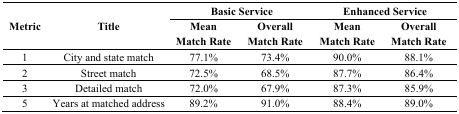
<table><thead><tr><td rowspan="2"><b>Metric</b></td><td rowspan="2"><b>Title</b></td><td colspan="2"><b>Basic Service</b></td><td colspan="2"><b>Enhanced Service</b></td></tr><tr><td><b>Mean Match Rate</b></td><td><b>Overall Match Rate</b></td><td><b>Mean Match Rate</b></td><td><b>Overall Match Rate</b></td></tr></thead><tbody><tr><td>1</td><td>City and state match</td><td>77.1%</td><td>73.4%</td><td>90.0%</td><td>88.1%</td></tr><tr><td>2</td><td>Street match</td><td>72.5%</td><td>68.5%</td><td>87.7%</td><td>86.4%</td></tr><tr><td>3</td><td>Detailed match</td><td>72.0%</td><td>67.9%</td><td>87.3%</td><td>85.9%</td></tr><tr><td>5</td><td>Years at matched address</td><td>89.2%</td><td>91.0%</td><td>88.4%</td><td>89.0%</td></tr></tbody></table>